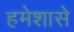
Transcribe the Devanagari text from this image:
हमेशासे